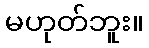
မဟုတ်ဘူး။